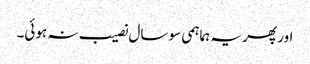
اور پھر یہ ہماہمی سو سال نصیب نہ ہوئی۔